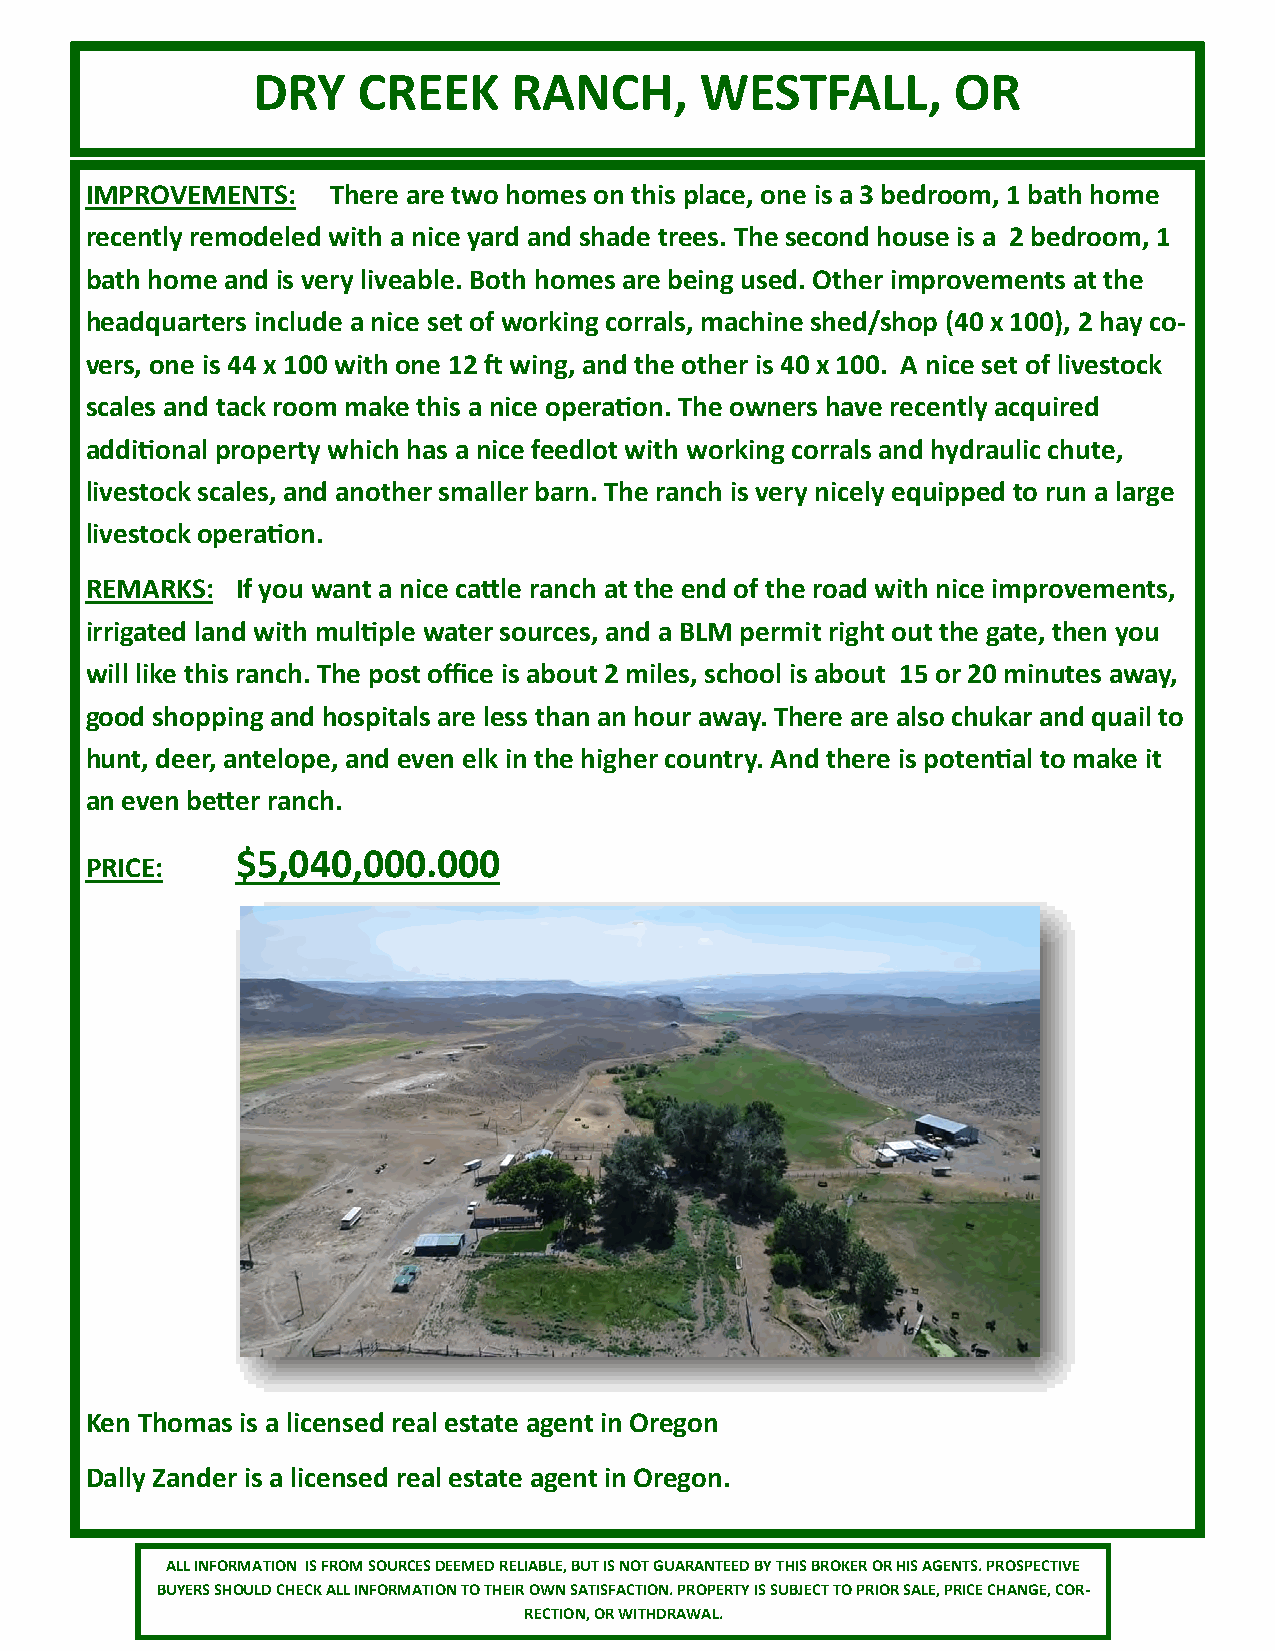
DRY    CREEK     RANCH,      WESTFALL,        OR
 IMPROVEMENTS:   There are two homes on this place, one is a 3 bedroom, 1 bath home
 recently remodeled with a nice yard and shade trees. The second house is a 2 bedroom, 1
 bath home and is very liveable. Both homes are being used. Other improvements at the
 headquarters include a nice set of working corrals, machine shed/shop (40 x 100), 2 hay co-
 vers, one is 44 x 100 with one 12 ft wing, and the other is 40 x 100. A nice set of livestock
 scales and tack room make this a nice operation. The owners have recently acquired
 additional property which has a nice feedlot with working corrals and hydraulic chute,
 livestock scales, and another smaller barn. The ranch is very nicely equipped to run a large
 livestock operation.
 REMARKS:  If you want a nice cattle ranch at the end of the road with nice improvements,
 irrigated land with multiple water sources, and a BLM permit right out the gate, then you
 will like this ranch. The post office is about 2 miles, school is about 15 or 20 minutes away,
 good shopping and hospitals are less than an hour away. There are also chukar and quail to
 hunt, deer, antelope, and even elk in the higher country. And there is potential to make it
 an even better ranch.
 $5,040,000.000
 PRICE:
 Ken Thomas is a licensed real estate agent in Oregon
 Dally Zander is a licensed real estate agent in Oregon.
 ALL INFORMATION IS FROM SOURCES DEEMED RELIABLE, BUT IS NOT GUARANTEED BY THIS BROKER OR HIS AGENTS. PROSPECTIVE
 BUYERS SHOULD CHECK ALL INFORMATION TO THEIR OWN SATISFACTION. PROPERTY IS SUBJECT TO PRIOR SALE, PRICE CHANGE, COR-
 RECTION, OR WITHDRAWAL.